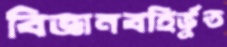
বিজ্ঞানবহির্ভূত